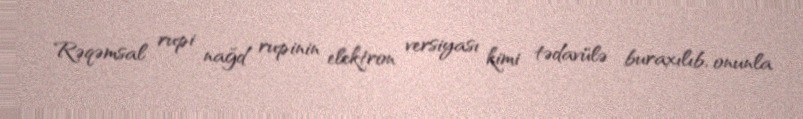
Rəqəmsal rupi nağd rupinin elektron versiyası kimi tədavülə buraxılıb, onunla